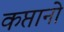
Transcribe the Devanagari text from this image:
कप्तानो